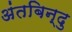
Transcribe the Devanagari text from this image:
अंतबिन्दु